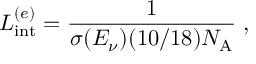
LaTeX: L _ { \mathrm { i n t } } ^ { ( e ) } = \frac { 1 } { \sigma ( E _ { \nu } ) ( 1 0 / 1 8 ) N _ { \mathrm { A } } } \; ,